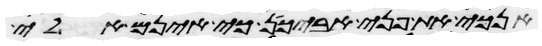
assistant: אנכי את פני אביכן כי אינם אלי